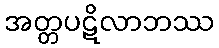
အတ္တပဋိလာဘဿ